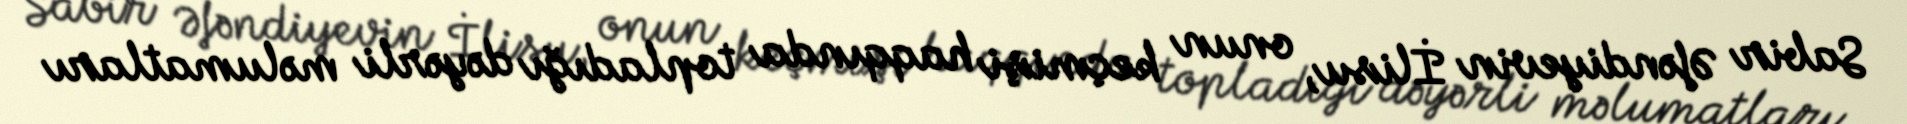
Sabir Əfəndiyevin İlisu, onun keçmişi haqqında topladığı dəyərli məlumatları